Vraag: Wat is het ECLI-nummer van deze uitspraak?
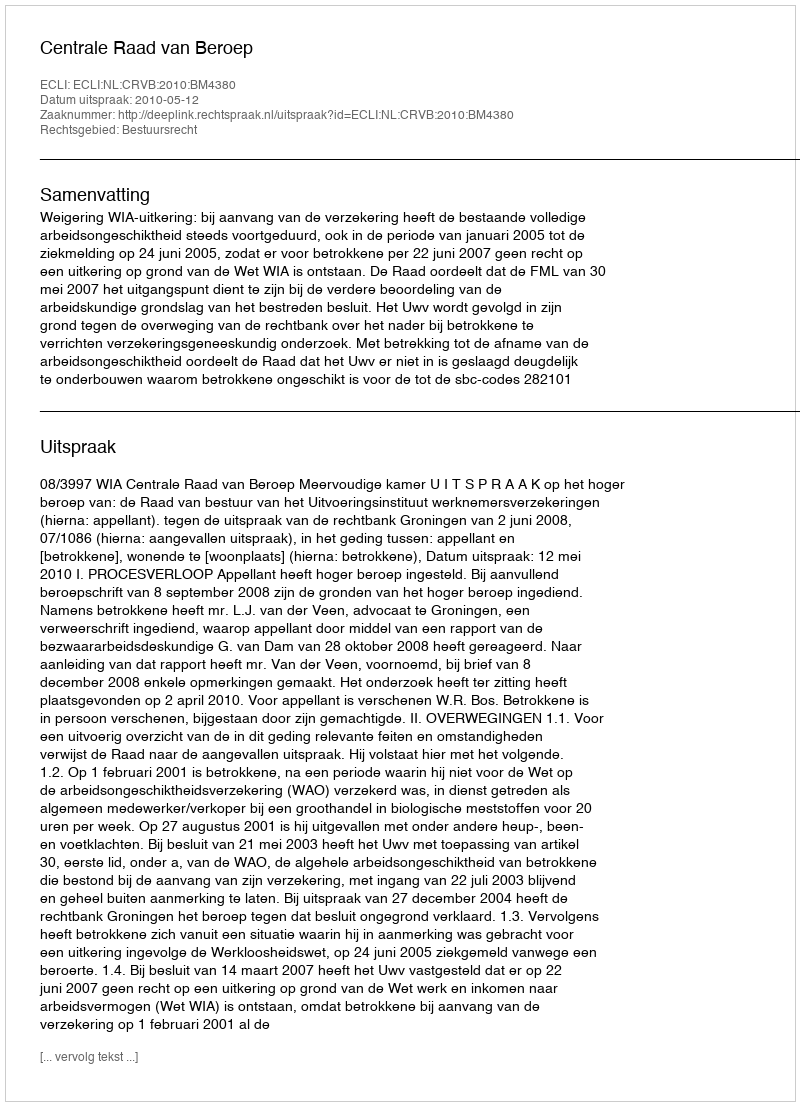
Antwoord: ECLI:NL:CRVB:2010:BM4380